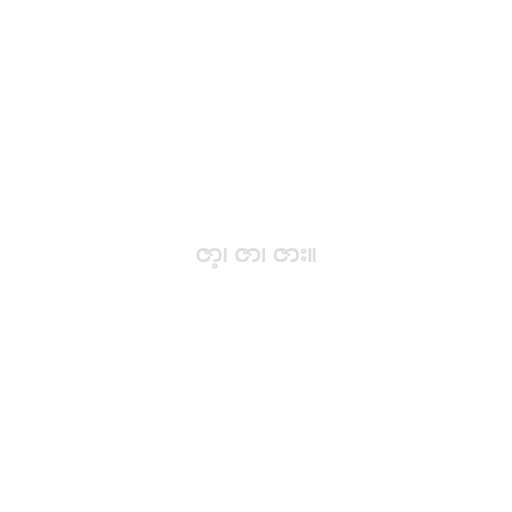
ဇာ့၊ ဇာ၊ ဇား။